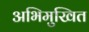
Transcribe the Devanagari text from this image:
अभिमुखित